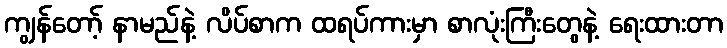
ကျွန်တော့် နာမည်နဲ့ လိပ်စာက ထရပ်ကားမှာ စာလုံးကြီးတွေနဲ့ ရေးထားတာ